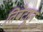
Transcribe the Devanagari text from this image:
तिबेटहून